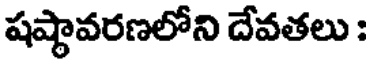
షష్టావరణలోని దేవతలు :